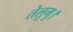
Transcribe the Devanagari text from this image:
तेलुगु।